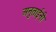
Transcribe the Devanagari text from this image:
अनुताईंनी